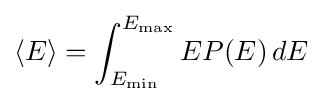
\langle E\rangle =\int _{E_{\min }}^{E_{\max }}EP(E)\,dE